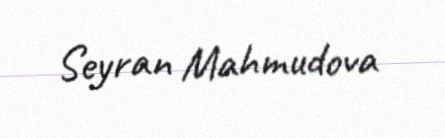
Seyran Mahmudova